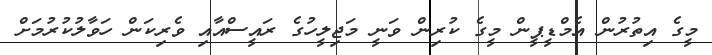
މީގެ އިތުރުން އެމްޑީޕީން މީގެ ކުރިން ވަނީ މަޖިލީހުގެ ރައީސްއާއި ވެރިކަން ހަވާލުކުރުމަށް